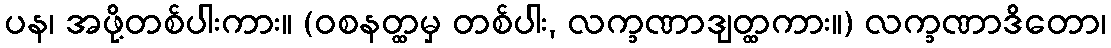
ပန၊ အဖို့တစ်ပါးကား။ (ဝစနတ္ထမှ တစ်ပါး, လက္ခဏာဒျတ္ထကား။) လက္ခဏာဒိတော၊